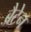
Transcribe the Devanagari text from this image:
ब्रैटेन